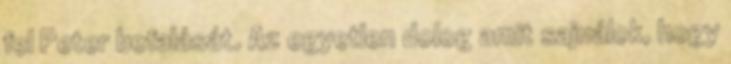
fel Peter befalását. Az egyetlen dolog amit sajnálok, hogy